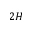
2 H